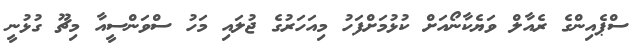
ސްޕެއިންގެ ރެއާލް ވަޔެކާނޯއަށް ކުޅުމަށްފަހު މިއަހަރުގެ ޖުލައި މަހު ސްވަންސީއާ މިޗޫ ގުޅުނީ